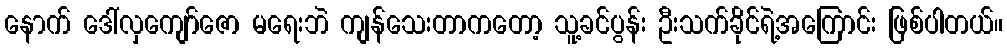
နောက် ဒေါ်လှကျော်ဇော မရေးဘဲ ကျန်သေးတာကတော့ သူ့ခင်ပွန်း ဦးသက်ခိုင်ရဲ့အကြောင်း ဖြစ်ပါတယ်။